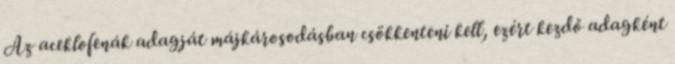
Az aceklofenák adagját májkárosodásban csökkenteni kell, ezért kezdő adagként